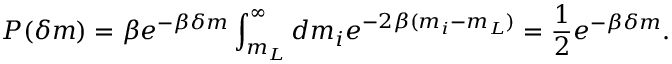
P ( \delta m ) = \beta e ^ { - \beta \delta m } \int _ { m _ { L } } ^ { \infty } d m _ { i } e ^ { - 2 \beta ( m _ { i } - m _ { L } ) } = \frac { 1 } { 2 } e ^ { - \beta \delta m } .